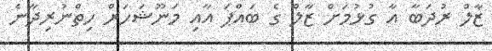
ޒާލް ރުދަބާ އާ ގުޅުމަށް ޒާލް ގެ ބައްޕަ އާއި މަނޫޝަހަރް ހިތްނުރިދާނެ